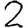
Digit: 2